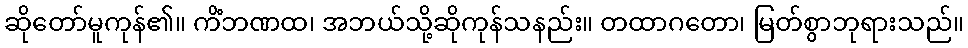
ဆိုတော်မူကုန်၏။ ကိံဘဏထ၊ အဘယ်သို့ဆိုကုန်သနည်း။ တထာဂတော၊ မြတ်စွာဘုရားသည်။